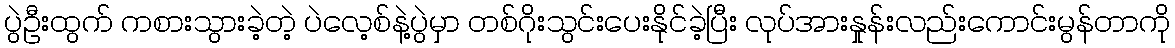
ပွဲဦးထွက် ကစားသွားခဲ့တဲ့ ပဲလေ့စ်နဲ့ပွဲမှာ တစ်ဂိုးသွင်းပေးနိုင်ခဲ့ပြီး လုပ်အားနှုန်းလည်းကောင်းမွန်တာကို